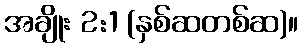
အချိုး 2:1 (နှစ်ဆတစ်ဆ)။